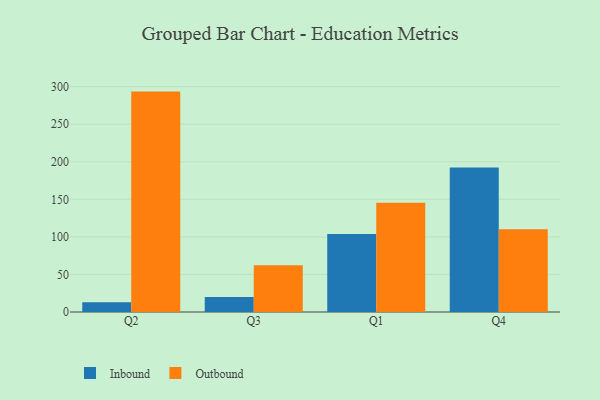
{"axis": {"x": "Quarter", "y": "Bounce Rate (%)"}, "legend": ["Inbound", "Outbound"], "data": [{"x": "Q2", "y": 13.0, "type": "Inbound"}, {"x": "Q2", "y": 293.4, "type": "Outbound"}, {"x": "Q3", "y": 19.9, "type": "Inbound"}, {"x": "Q3", "y": 62.1, "type": "Outbound"}, {"x": "Q1", "y": 104.0, "type": "Inbound"}, {"x": "Q1", "y": 145.4, "type": "Outbound"}, {"x": "Q4", "y": 192.5, "type": "Inbound"}, {"x": "Q4", "y": 110.1, "type": "Outbound"}]}